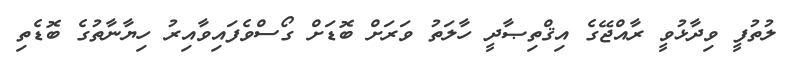
ލުތުފީ ވިދާޅުވީ ރާއްޖޭގެ އިޤްތިޞާދީ ހާލަތު ވަރަށް ބޮޑަށް ގޯސްވެފައިވާއިރު ހިޔާނާތުގެ ބޮޑެތި